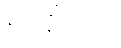
မေတ္တံသော